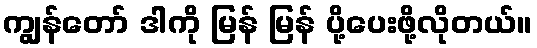
ကျွန်တော် ဒါကို မြန် မြန် ပို့ပေးဖို့လိုတယ်။